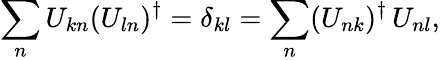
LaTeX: \sum_{n}U_{kn}(U_{ln})^{\dagger}=\delta_{kl}=\sum_{n}(U_{nk})^{\dagger}\, U_{nl},